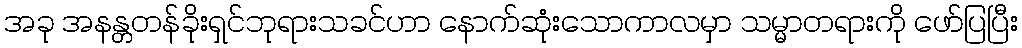
အခု အနန္တတန်ခိုးရှင်ဘုရားသခင်ဟာ နောက်ဆုံးသောကာလမှာ သမ္မာတရားကို ဖော်ပြပြီး